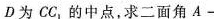
D为CC_{1}的中点，求二面角A-